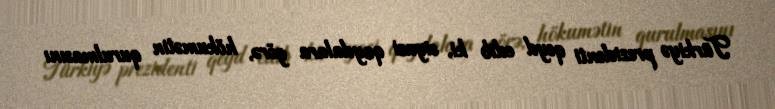
Türkiyə prezidenti qeyd edib ki, siyasi qaydalara görə, hökumətin qurulmasını